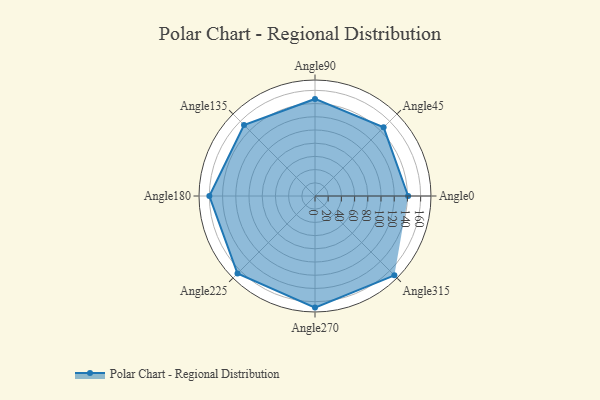
{"axis": {"x": "Angle", "y": "Radius"}, "legend": [""], "data": [{"x": "Angle0", "y": 141.0, "type": ""}, {"x": "Angle45", "y": 147.0, "type": ""}, {"x": "Angle90", "y": 147.0, "type": ""}, {"x": "Angle135", "y": 152.0, "type": ""}, {"x": "Angle180", "y": 160.0, "type": ""}, {"x": "Angle225", "y": 166.0, "type": ""}, {"x": "Angle270", "y": 169.0, "type": ""}, {"x": "Angle315", "y": 170, "type": ""}]}